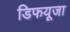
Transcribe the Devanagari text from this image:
डिफयूजा